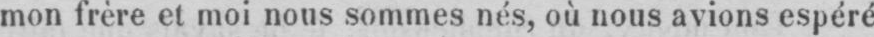
mon frère et moi nous sommes nés, où nous avions espéré